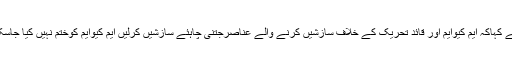
انہوں نے کہاکہ ایم کیوایم اور قائد تحریک کے خلاف سازشیں کرنے والے عناصرجتنی چاہئے سازشیں کرلیں ایم کیوایم کوختم نہیں کیا جاسکتا ہے ۔